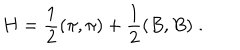
H = \frac { 1 } { 2 } ( \pi , \pi ) + \frac { 1 } { 2 } ( B , B ) \; .